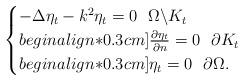
LaTeX: \begin{align*}\begin{cases}-\Delta \eta_t-k^2\eta_t=0\,\,\,\,\Omega\backslash K_t\\begin{align*}0.3cm] \frac{\partial \eta_t}{\partial n}=0\,\,\,\,\partial K_t\\begin{align*}0.3cm] \eta_t=0\,\,\,\,\partial\Omega.\end{cases}\end{align*}